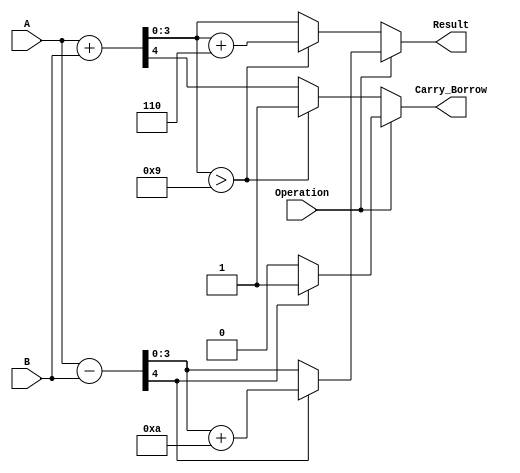
module BCD_Add_Subtracter (
    input [3:0] A,            // First BCD operand
    input [3:0] B,            // Second BCD operand
    input Operation,          // Control signal: 0 for addition, 1 for subtraction
    output reg [3:0] Result,  // Resulting BCD value
    output reg Carry_Borrow    // Carry out for addition or borrow out for subtraction
);

    wire [4:0] sum;           // 5-bit sum for addition (to capture carry)
    wire [4:0] diff;          // 5-bit difference for subtraction (to capture borrow)
    wire adjust_add;          // Adjustment flag for addition
    wire adjust_sub;          // Adjustment flag for subtraction

    // Perform addition
    assign sum = A + B;

    // Check if adjustment is needed for addition
    assign adjust_add = sum[3:0] > 4'b1001; // Check if sum exceeds 9

    // Perform subtraction
    assign diff = {1'b0, A} - {1'b0, B}; // Extend A and B to 5 bits for subtraction

    // Check if adjustment is needed for subtraction
    assign adjust_sub = diff[4]; // Check if the result is negative

    always @(*) begin
        if (Operation == 1'b0) begin // Addition
            Result = sum[3:0]; // Take the lower 4 bits of the sum
            Carry_Borrow = sum[4]; // Carry out if there's an overflow
            if (adjust_add) begin
                Result = Result + 4'b0110; // Adjust by adding 6
                Carry_Borrow = 1'b1; // Set carry out
            end
        end else begin // Subtraction
            if (adjust_sub) begin
                Result = diff[3:0] + 4'b1010; // Adjust by adding 10
                Carry_Borrow = 1'b1; // Set borrow out
            end else begin
                Result = diff[3:0]; // Take the lower 4 bits of the difference
                Carry_Borrow = 1'b0; // No borrow
            end
        end
    end

endmodule